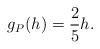
LaTeX: \begin{align*} \begin{aligned} g_P(h)=\frac{2}{5}h. \end{aligned} \end{align*}